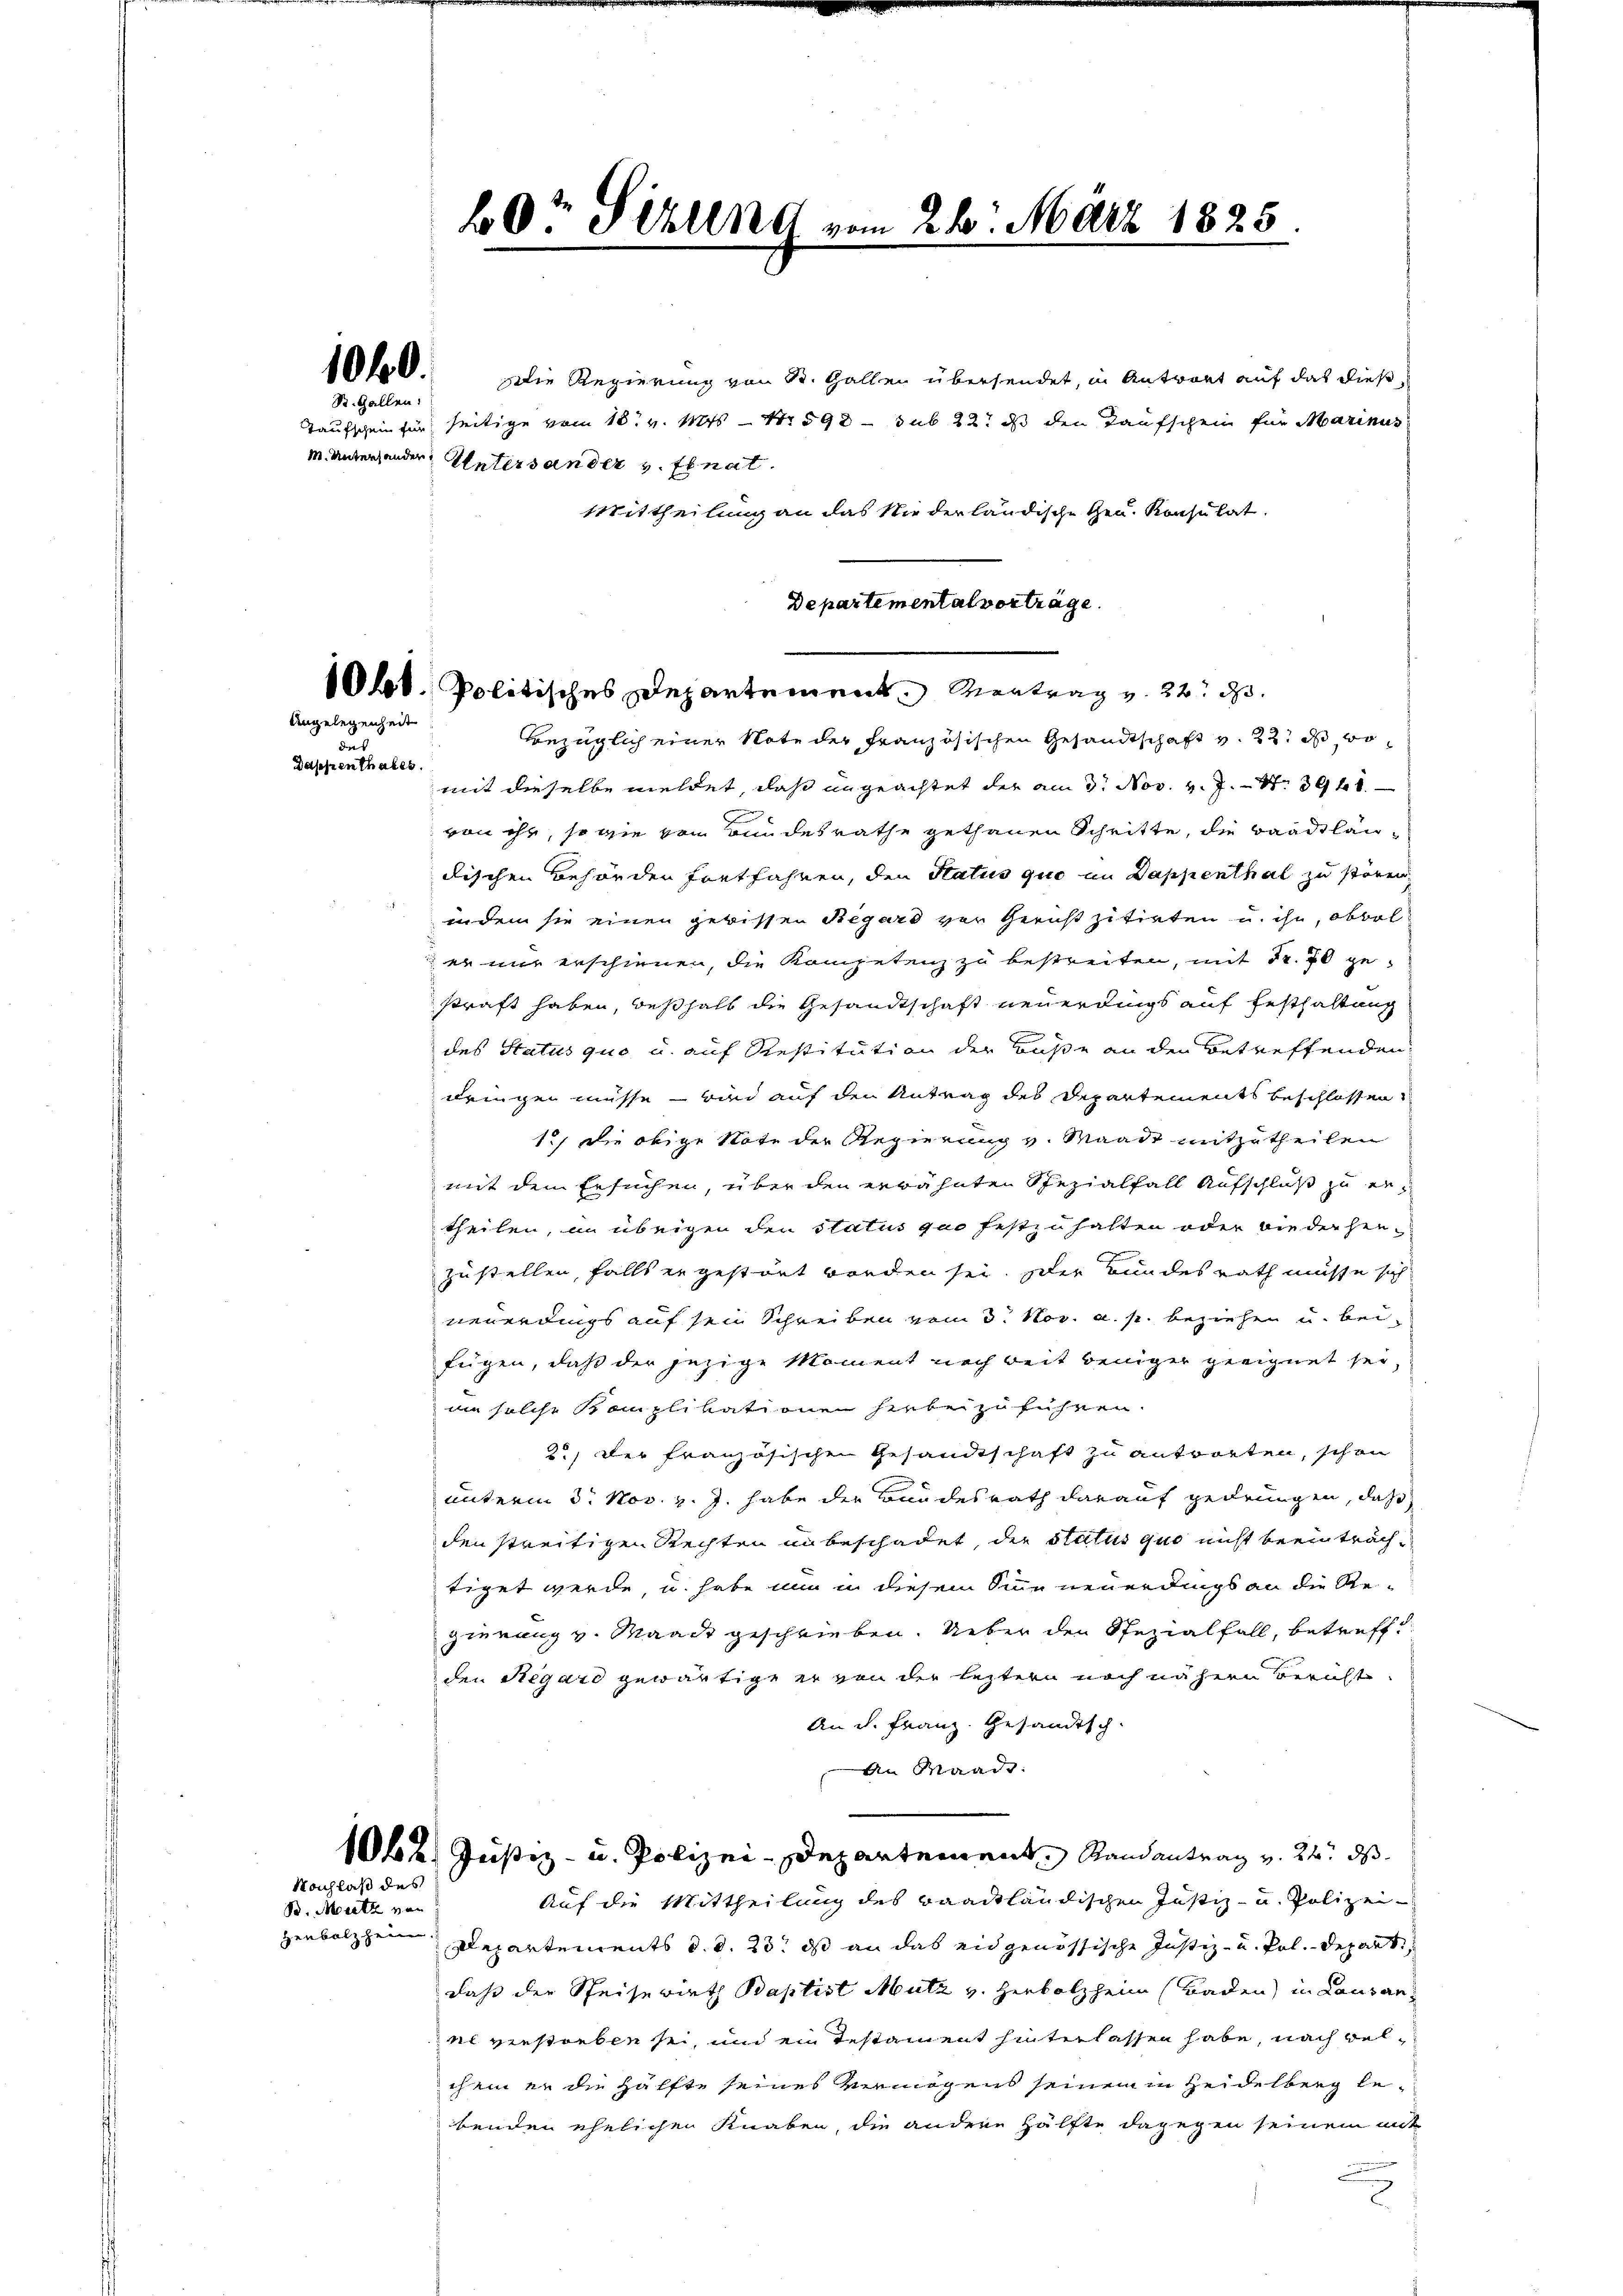
100.

St. Gallen.

Angelegenheit

des
Dappenthales.

mit dieselbe meldet, daß ungeachtet der am 3. Nov. v. J. N. 3948.
von ihr, so wie vom Bundesrathe gethanen Schritte, die Baadlaudischen Behörden fortfahren, den Status quo im Dappenthal zu stören
in dem sie einen gewissen Regard vor Gericht zitirten u. ihn, obbol
er nur erschienen, die Kompetenz zu bestreiten, mit Fr. 70 gekraft haben, deßhalb die Gesandtschaft neuerdings auf Festhaltung
n
des Status quo u. auf Restitution der Buße an den Betreffenden
dringen müsse - bin auf den Antrag des Departements beschlossen
1.) Die obige Note der Regierung v. Waadt mitzutheilen
mit dem Ersuchen, über den erwähnten Spezialfall Aufschluß zu ertheilen, in übrigen den Status quo festzuhalten oder wie der heuzustellen, falls er gestört worden sei. Der Bundesrath müsse sich
neuerdings auf sein Schreiben vom 3. Nov. a. p. beziehen u. beifügen, daß der jezige Moment noch beit weniger geeignet sei
in solche Komplikationen herbeizuführen.
22, der französischen Gesandtschaft zu antworten, schon
unterm 3. Nov. v. J. habe der Bundesrath darauf gedrungen, daß
den streitigen Rechten an beschadet, der Status quo nicht beeinträchtiget werde, u. habe nun in diesem Sinne neuerdings an die Regierung v. Waadt geschrieben. Ueber den Spezialfall, betreff
den Regard gewärtige er von der leztern noch nähern Bericht
An d. Franz. Gesandtsch.
An Waadt:
1062. Justiz- u. Polizei-Departement, Randantrag v. 24. ds.
Auf die Mittheilung des Baackhändischen Justiz- u. Polizei¬
Departements d. d. 23. ds an das eidgenössische Justiz- u. Pol. Depart
daß der Speisewirth Baptist Mutz v. Herbolzheim (Baden) in Lausan
es verstorben sei, und ein Testament hinterlassen habe, nach Belchein er die Hälfte seines vermögens seinem in Heidelberg bebenden ehelichen Knaben, die andere Hälfte dagegen seinem unt

Nachlaß des
B. Mutz von

Henbolzheim.

60t Sekund vom 26. März 1828

Die Regierung von St. Gallen übersendet, in Antwort auf das diese
Taufschein für seitige vom 18. v. Mts. - No 598 - sub 22. ds den Taufschein für Marinus
M. Unterhander Untersander v. Ebnat.
Mittheilung an das Niederländische Gen. Konsulat.
Departemental vorträge.

1Okt. Politisches Departement Montrag v. 22. d.
bezüglich einer Note der Französischen Gesandtschaft v. 22. ds, wo¬